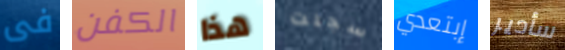
فى الكفن هذا سجلت إبتعدي سأدير